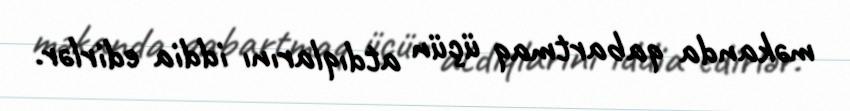
məkanda qabartmaq üçün atdıqlarını iddia edirlər.